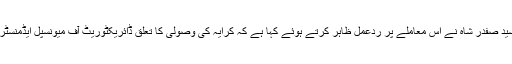
سی ڈی اے کے ترجمان سید صفدر شاہ نے اس معاملے پر ردعمل ظاہر کرتے ہوئے کہا ہے کہ کرایہ کی وصولی کا تعلق ڈائریکٹوریٹ آف میونسپل ایڈمنسٹریشن، ایم سی آئی سے ہے۔